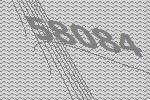
58084